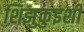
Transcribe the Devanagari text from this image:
शिझुकुइशी